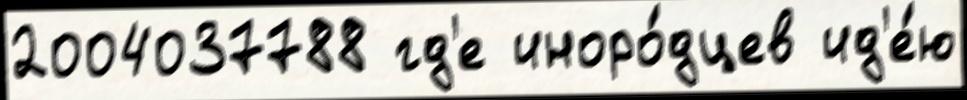
2004037788 гд'е иноро́дцев ид'е́ю